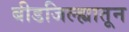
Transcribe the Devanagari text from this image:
बीडजिल्ह्यातून